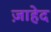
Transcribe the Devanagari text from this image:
ज़ाहेद